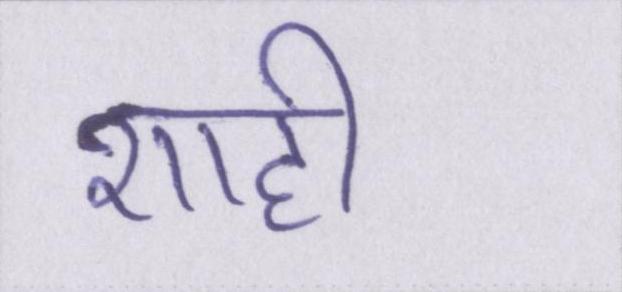
शाही